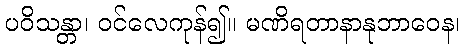
ပဝိသန္တာ၊ ဝင်လေကုန်၍။ မဏိရတာနာနုဘာဝေန၊